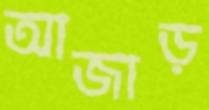
আজাড়